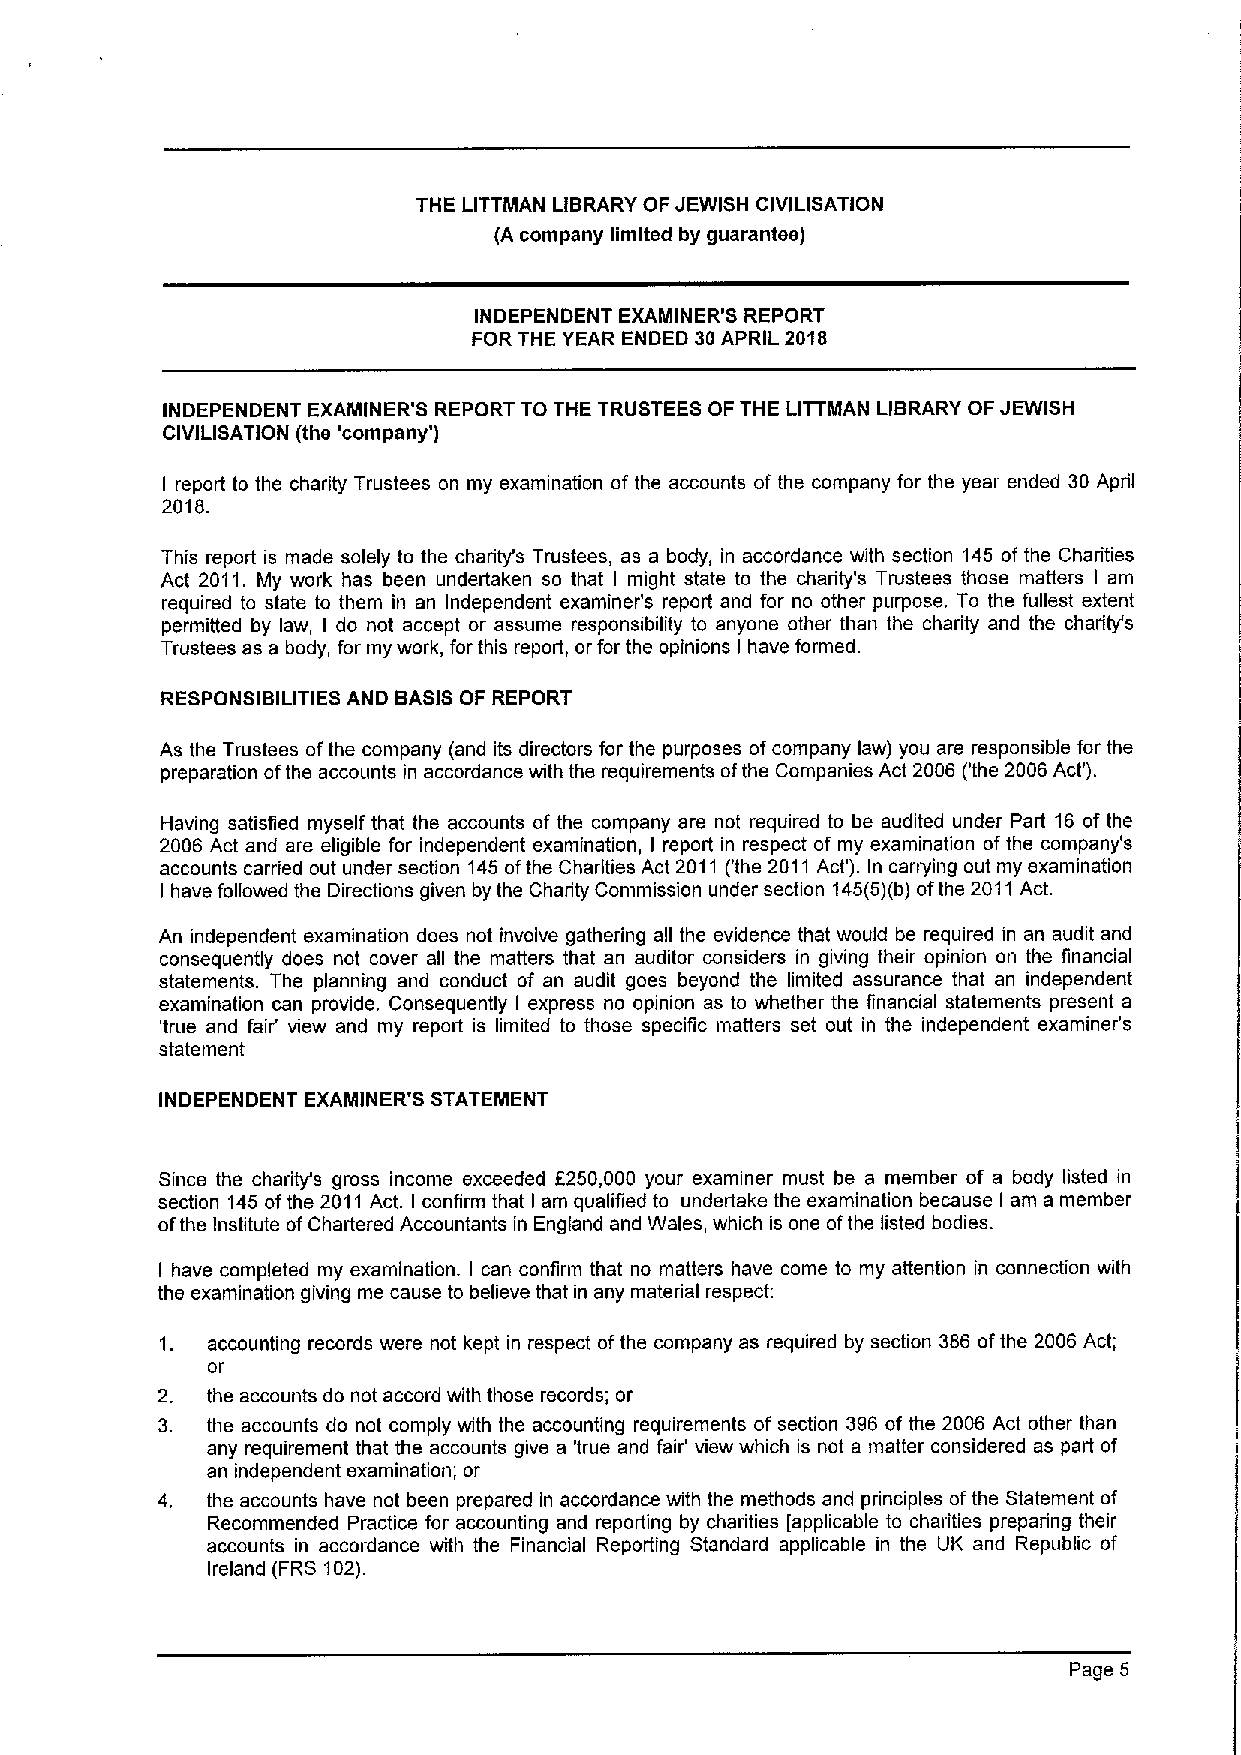
THE LITTIIIIAN LIBRARY OF JEWISH CIVILISATION
 (A company limited by guarantee)
 INDEPENDENT EXAIIIIINER'S REPORT
 FOR THE YEAR ENDED 30APRIL 2018
 INDEPENDENT EXAMINER'6 REPORT TO THE TRUSTEES OF THE LITTMAN LIBRARY OF JEWISH
 CIVILISATION (the 'company' )
 I report to the charity Trustees on my examination of the accounts ofthe company for the year ended 30 April
 2018.
 This report is made solely to the charity's Trustees, as a body, in accordance with section 145 ofthe Charities
 Act 2011. My work has been undertaken so that I might state to the charity's Trustees those matters I am
 required to state to them in an Independent examiner's report and for no other purpose. To the fullest extent
 permitted by law, I do not accept or assume responsibility to anyone other than the charity and the charity's
 Trustees as a body, for my work, for this report, or for the opinions I have formed.
 RESPONSIBILITIES AND BASISOF REPORT
 As the Trustees ofthe company (and its directors for the purposes ofcompany law) you are responsible for the
 preparation ofthe accounts in accordance with the requirements ofthe Companies Act 2006 ('the 2006 Act').
 Having satisfied myself that the accounts of the company are not required to be audited under Part 16 of the
 2006 Act and are eligible for independent examination, I report in respect of my examination ofthe company's
 accounts carried out under section 145ofthe Charities Act 2011 ('the 2011Act'). In carrying out my examination
 I have followed the Directions given by the Charity Commission under section 145(5)(b)ofthe 2011Act.
 An independent examination does not involve gathering all the evidence that would be required in an audit and
 consequently does not cover all the matters that an auditor considers in giving their opinion on the financial
 statements. The planning and conduct of an audit goes beyond the limited assurance that an independent
 examination can provide. Consequently express no opinion as to whether the financial statements present a
 I
 'true and fair' view and my report is limited to those specific matters set out in the independent examiner's
 statement
 INDEPENDENT EXAIIIIINER'6 STATEMENT
 Since the charity's gross income exceeded f250,000 your examiner must be a member of a body listed in
 section 145 ofthe 2011 Act. I confirm that I am qualified to undertake the examination because I am a member
 ofthe Institute ofChartered Accountants in England and Wales, which is one ofthe listed bodies.
 I have completed my examination. I can confirm that no matters have come to my attention in connection with
 the examination giving me cause to believe that in any material respect:
 1. accounting records were not kept in respect ofthe company as required by section 386 ofthe 2006 Act;
 oi'
 the accounts do not accord with those records; or
 the accounts do not comply with the accounting requirements of section 396 of the 2006 Act other than
 any requirement that the accounts give a 'true and fair' view which is not a matter considered as part of
 an independent examination; or
 the accounts have not been prepared in accordance with the methods and principles ofthe Statement of
 Recommended Practice for accounting and reporting by charities [applicable to charities preparing their
 accounts in accordance with the Financial Reporting Standard applicable in the UK and Republic of
 Ireland (FRS 102).
 Page 5